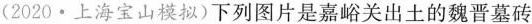
(2020·上海宝山模拟)下列图片是嘉峪关出土的魏晋墓砖